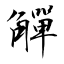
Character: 觶